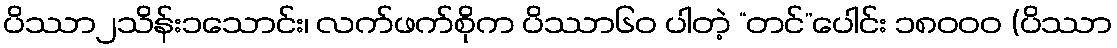
ပိဿာ၂သိန်း၁သောင်း၊ လက်ဖက်စိုက ပိဿာ၆၀ ပါတဲ့ “တင်”ပေါင်း ၁၈၀၀၀ (ပိဿာ